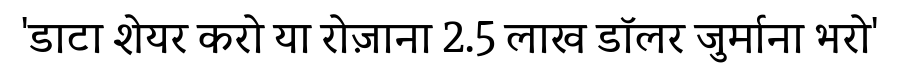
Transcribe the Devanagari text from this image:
'डाटा शेयर करो या रोज़ाना 2.5 लाख डॉलर जुर्माना भरो'